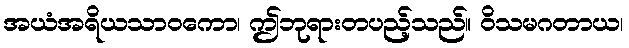
အယံအရိယသာဝကော၊ ဤဘုရားတပည့်သည်။ ဝိသမဂတာယ၊